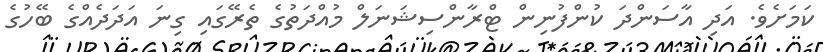
ކަމަށެވެ. އަދި އާސަންދަ ކުންފުނިން ޓްރާންސިޝަނަލް މުއްދަތުގެ ތެރޭގައި ގިނަ އަދަދެއްގެ ބޭހުގެ